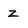
Character: z